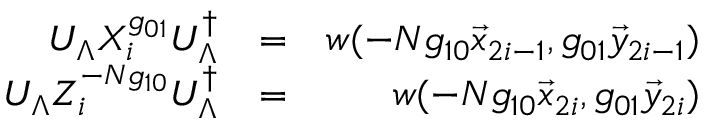
\begin{array} { r l r } { U _ { \Lambda } X _ { i } ^ { g _ { 0 1 } } U _ { \Lambda } ^ { \dag } } & { = } & { w ( - N g _ { 1 0 } \vec { x } _ { 2 i - 1 } , g _ { 0 1 } \vec { y } _ { 2 i - 1 } ) } \\ { U _ { \Lambda } Z _ { i } ^ { - N g _ { 1 0 } } U _ { \Lambda } ^ { \dag } } & { = } & { w ( - N g _ { 1 0 } \vec { x } _ { 2 i } , g _ { 0 1 } \vec { y } _ { 2 i } ) } \end{array}